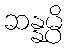
ဆန္နမ္ပိ